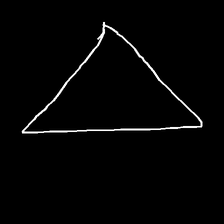
Glyph: convergence